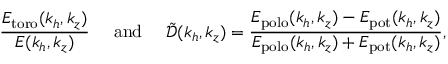
\frac { E _ { \mathrm { t o r o } } ( k _ { h } , k _ { z } ) } { E ( k _ { h } , k _ { z } ) } ~ ~ ~ ~ \mathrm { a n d } ~ ~ ~ ~ \tilde { \mathcal { D } } ( k _ { h } , k _ { z } ) = \frac { E _ { \mathrm { p o l o } } ( k _ { h } , k _ { z } ) - E _ { \mathrm { p o t } } ( k _ { h } , k _ { z } ) } { E _ { \mathrm { p o l o } } ( k _ { h } , k _ { z } ) + E _ { \mathrm { p o t } } ( k _ { h } , k _ { z } ) } ,